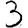
Digit: 3